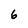
Character: 6